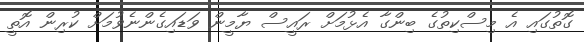
ގޮތުގައި އެ މިސްކިތުގެ ބިންގާ އެޅުމަށް ރައީސް ޔާމީން ވަޑައިގެންނެވުމަށް ކުރިން އޮތީ